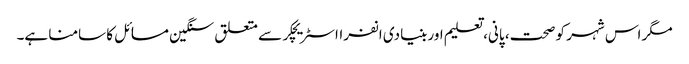
مگر اس شہر کو صحت، پانی، تعلیم اور بنیادی انفرااسٹریچکر سے متعلق سنگین مسائل کا سامنا ہے۔